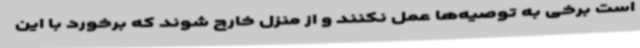
است برخی به توصیه‌ها عمل نکنند و از منزل خارج شوند که برخورد با این